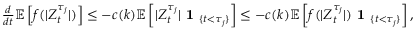
\begin{array} { r } { \frac { d } { d t } \mathbb { E } \left[ f ( | Z _ { t } ^ { \tau _ { j } } | ) \right] \leq - c ( k ) \mathbb { E } \left[ | Z _ { t } ^ { \tau _ { j } } | \textbf { 1 } _ { \{ t < \tau _ { j } \} } \right] \leq - c ( k ) \mathbb { E } \left[ f ( | Z _ { t } ^ { \tau _ { j } } | ) \textbf { 1 } _ { \{ t < \tau _ { j } \} } \right] , } \end{array}